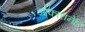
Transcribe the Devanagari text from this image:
आकारानेहि